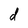
Character: d